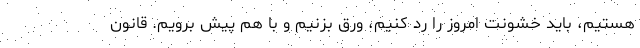
هستیم، باید خشونت امروز را رد کنیم، ورق بزنیم و با هم پیش برویم. قانون